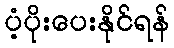
ပံ့ပိုးပေးနိုင်ရန်